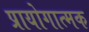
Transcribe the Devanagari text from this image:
प्रायोगात्मक